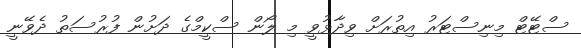
ސްޓޭޓް މިނިސްޓަރު އިތުރަށް ވިދާޅުވީ މި ލޯން ސްކީމްގެ ދަށުން ފުރުސަތު ދެވޭނީ